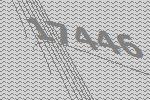
17446